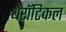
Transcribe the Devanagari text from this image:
थेरॉटिकल